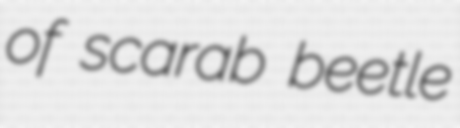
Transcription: of scarab beetle